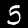
Label: 5